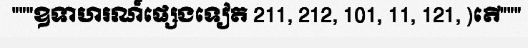
"""ឧទាហរណ៍ផ្សេងទៀត 211, 212, 101, 11, 121, )តើ"""